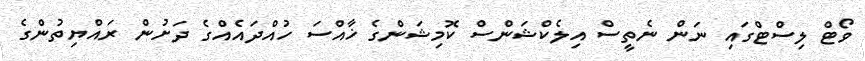
ވޯޓް ލިސްޓްގައި ނަން ނެތީސް އިލެކްޝަންސް ކޮމިޝަންގެ ޚާއްސަ ހުއްދައެއްގެ ދަށުން ރައްޔިތުންގެ